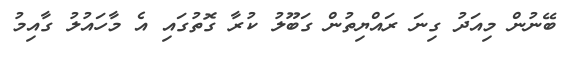
ބޭނުން މިއަދު ގިނަ ރައްޔިތުން ގަބޫލު ކުރާ ގޮތުގައި އެ މާހައުލު ގާއިމު